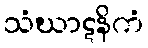
သံဃာဋနိကံ